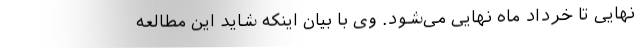
نهایی تا خرداد ماه نهایی می‌شود. وی با بیان اینکه شاید این مطالعه